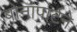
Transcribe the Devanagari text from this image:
बोनापार्टने